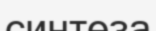
синтеза